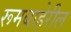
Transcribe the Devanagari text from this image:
रूमबाहेरील